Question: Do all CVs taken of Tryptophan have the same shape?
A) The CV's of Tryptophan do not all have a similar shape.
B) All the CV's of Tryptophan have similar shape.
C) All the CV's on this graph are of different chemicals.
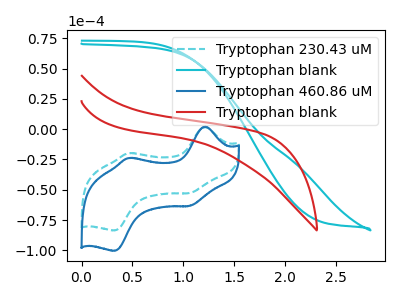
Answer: <think>The cyan dashed curve "Tryptophan 230.43 uM" has anodic peaks at (1.20V, 1.80uA) (0.45V, -19.80uA) and cathodic peaks at (1.05V, -52.75uA) (0.30V, -83.55uA). The cyan curve "Tryptophan blank" has no peaks. The blue curve "Tryptophan 460.86 uM" has anodic peaks at (1.20V, 2.15uA) (0.45V, -23.80uA) and cathodic peaks at (1.05V, -63.35uA) (0.30V, -100.40uA). The red curve "Tryptophan blank" has no peaks.
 "Tryptophan 230.43 uM" and "Tryptophan blank" have a different number of peaks. All the peaks in "Tryptophan 230.43 uM" have a peak in "Tryptophan 460.86 uM" at the same potential. "Tryptophan 230.43 uM" and "Tryptophan blank" have a different number of peaks. "Tryptophan blank" and "Tryptophan 460.86 uM" have a different number of peaks. Neither "Tryptophan blank" or "Tryptophan blank" have any peaks. "Tryptophan 460.86 uM" and "Tryptophan blank" have a different number of peaks.</think>
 <answer>B) All the CV's of "Tryptophan" have similar shape.</answer>
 <eval>B</eval>